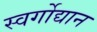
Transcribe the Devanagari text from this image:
स्वर्गोद्यान